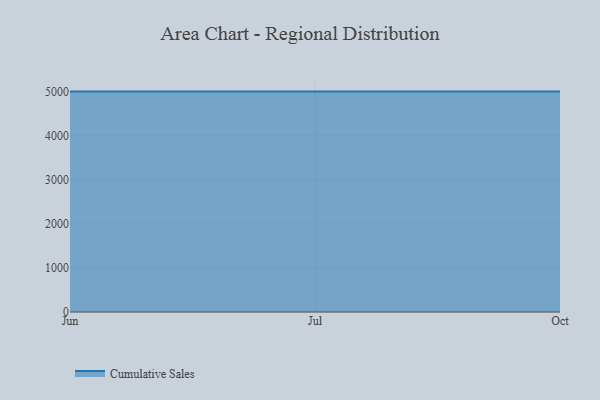
{"axis": {"x": "Month", "y": "Temperature (°C)"}, "legend": ["Cumulative Sales"], "data": [{"x": "Jun", "y": 5000, "type": "Cumulative Sales"}, {"x": "Jul", "y": 5000, "type": "Cumulative Sales"}, {"x": "Oct", "y": 5000, "type": "Cumulative Sales"}]}